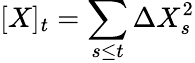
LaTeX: [X]_{t}=\sum_{s\leq t}\Delta X_{s}^{2}